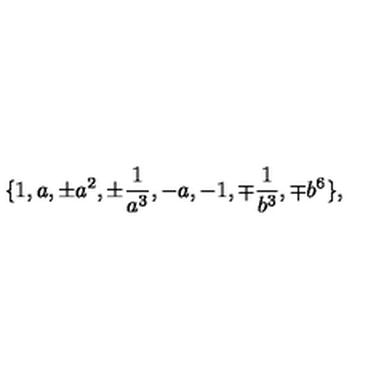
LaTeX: \{ 1 , a , \pm a ^ { 2 } , \pm \frac { 1 } { a ^ { 3 } } , - a , - 1 , \mp \frac { 1 } { b ^ { 3 } } , \mp b ^ { 6 } \} ,